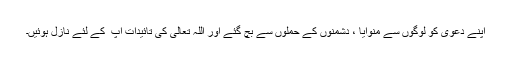
اپنے دعویٰ کو لوگوں سے منوایا ، دشمنوں کے حملوں سے بچ گئے اور اللہ تعالیٰ کی تائیدات آپ ؑ کے لئے نازل ہوئیں۔